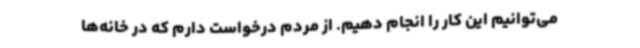
می‌توانیم این کار را انجام دهیم. از مردم درخواست دارم که در خانه‌ها